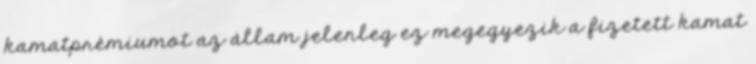
kamatprémiumot az állam jelenleg ez megegyezik a fizetett kamat